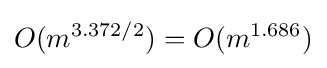
O(m^{3.372/2})=O(m^{1.686})